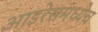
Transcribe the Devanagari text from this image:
आइरेसमध्येच